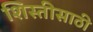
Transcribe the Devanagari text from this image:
शिस्तीसाठी